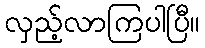
လှည့်လာကြပါပြီ။